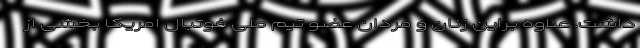
داشت. علاوه براین زنان و مردان عضو تیم ملی فوتبال امریکا بخشی از